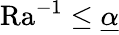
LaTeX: \mathrm{{Ra}}^{-1}\leq\underline{{\alpha}}